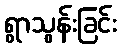
ရွာသွန်းခြင်း